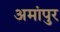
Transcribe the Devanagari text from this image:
अमांपुर